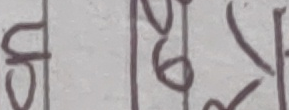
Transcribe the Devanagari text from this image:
५, २७